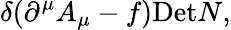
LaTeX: \delta(\partial^{\mu}A_{\mu}-f)\mathrm{Det}N,